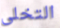
التخلى